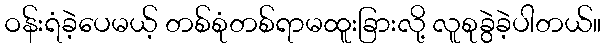
ဝန်းရံခဲ့ပေမယ့် တစ်စုံတစ်ရာမထူးခြားလို့ လူစုခွဲခဲ့ပါတယ်။